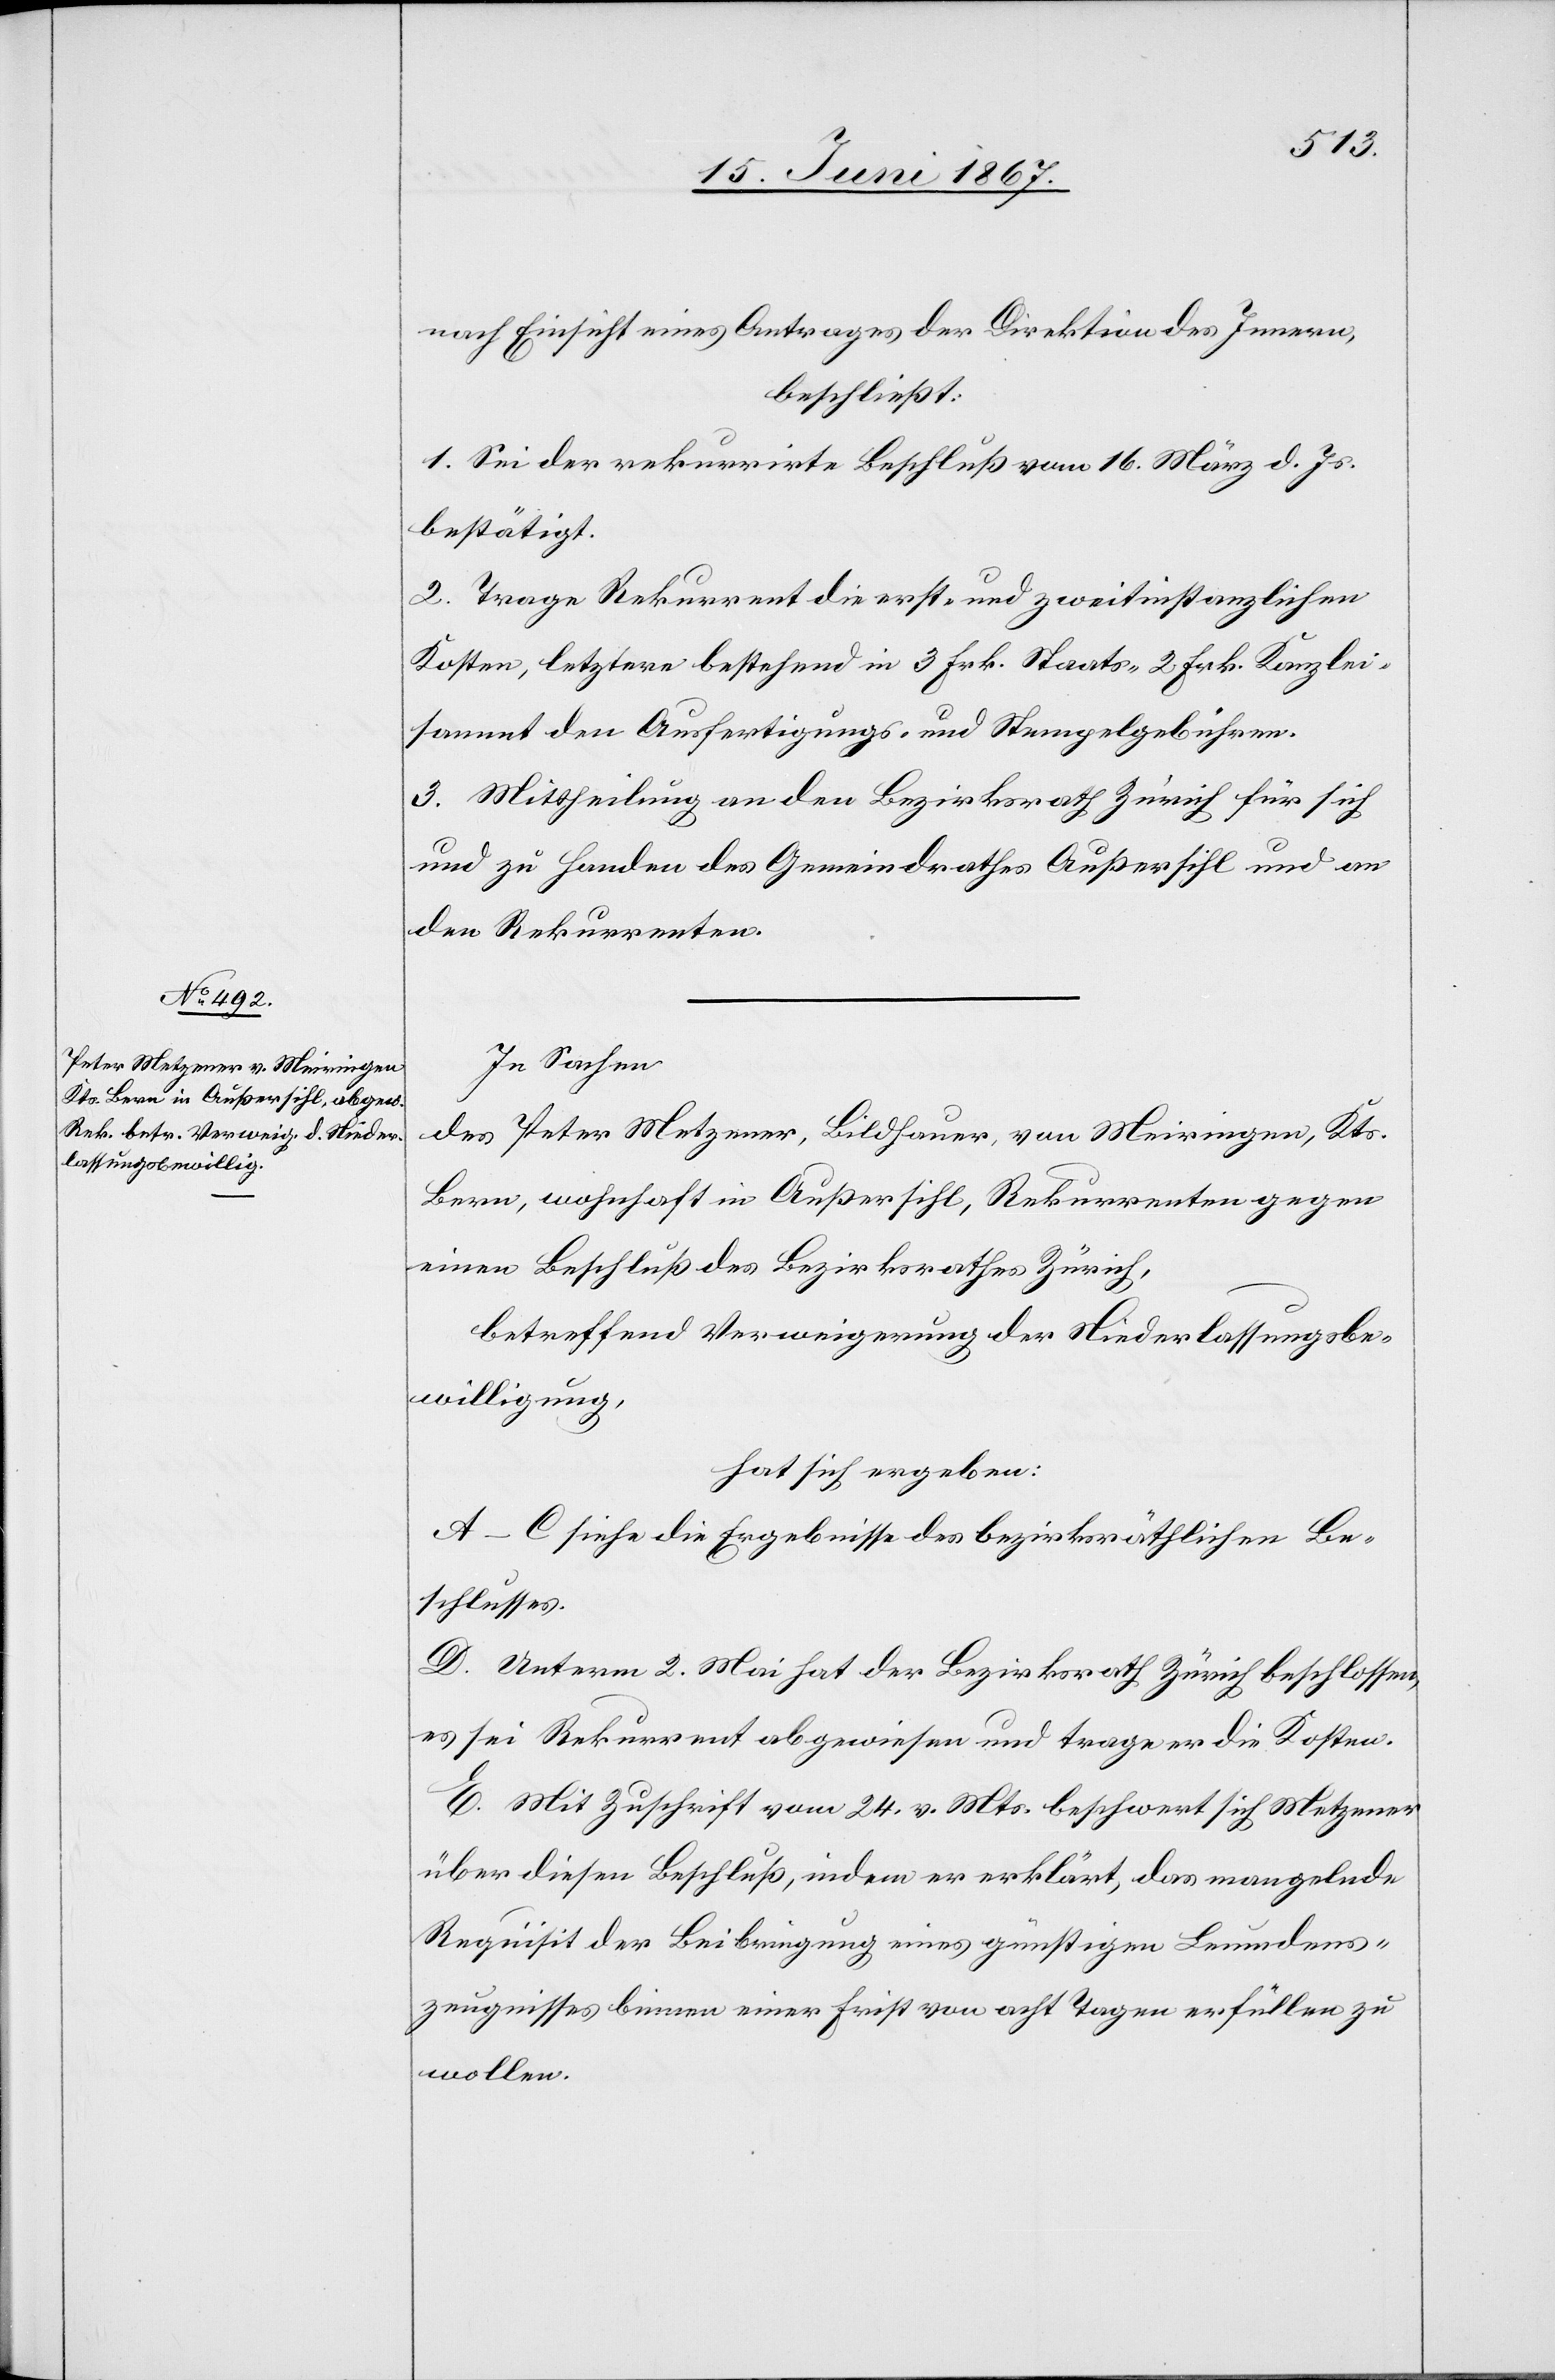
nach Einsicht eines Antrages der Direktion des Innern,
beschließt:
1. Sei der rekurrirte Beschluss vom 16. März d. Js.
bestätigt.
2. Trage Rekurrent die erst- und zweitinstanzlichen
Kosten, letztere bestehend in 3 Frk. Staats-[,] 2 Frk. Kanzlei-
sammt den Ausfertigungs- und Stempelgebühren.
3. Mittheilung an den Bezirksrath Zürich für sich
und zu Handen des Gemeindrathes Außersihl und an
den Rekurrenten.
In Sachen
des Peter Metzgerer, Bildhauer, von Meiringen, Kts.
Bern, wohnhaft in Außersihl, Rekurrenten gegen
einen Beschluß des Bezirksrathes Zürich,
betreffend Verweigerung der Niederlassungsbe¬
willigung,
hat sich ergeben:
A–C siehe die Ergebnisse des bezirksräthlichen Be¬
schlusses.
D. Unterm 2. Mai hat der Bezirksrath Zürich beschlossen,
es sei Rekurrent abgewiesen und trage er die Kosten.
E. Mit Zuschrift vom 24. v. Mts. beschwert sich Metzgerer
über diesen Beschluß, indem er erklärt, das mangelnde
Requisit der Beibringung eines günstigen Leumdens¬
zeugnisses binnen einer Frist von acht Tagen erfüllen zu
wollen.